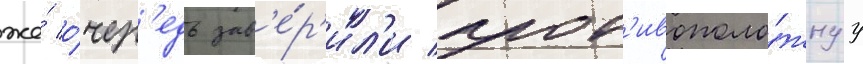
же́ о́чер'едь зав'е́р'ил'и прот'ивополо́жнуу